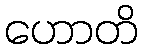
ဟောတိ